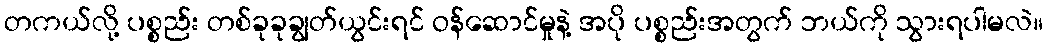
တကယ်လို့ ပစ္စည်း တစ်ခုခုချွတ်ယွင်းရင် ဝန်ဆောင်မှုနဲ့ အပို ပစ္စည်းအတွက် ဘယ်ကို သွားရပါမလဲ။